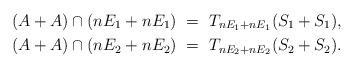
LaTeX: \begin{align*}(A+A) \cap (nE_1+nE_1) &\ = \ T_{nE_1+nE_1}(S_1 + S_1), \\(A+A) \cap (nE_2+nE_2) &\ = \ T_{nE_2+nE_2}(S_2 + S_2).\end{align*}